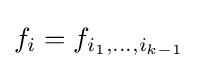
f_{i}=f_{i_{1},\dots ,i_{k-1}}